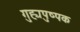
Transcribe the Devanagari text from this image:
गुह्यपुष्पक